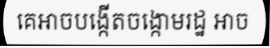
គេអាចបង្កើតចង្កោមរដ្ឋ អាច